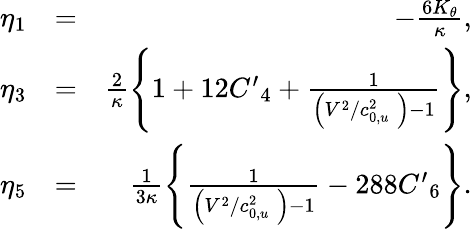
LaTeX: \begin{array}{rlr}{{{\eta}_{1}}}&{=}&{-\frac{6{{K}_{\theta}}}{\kappa},}\\ {{{\eta}_{3}}}&{=}&{\frac{2}{\kappa}\left\{ 1+12{{{{C}^{\prime}}}_{4}}+\frac{1}{\left({{{V}^{2}}}/{c_{0,u}^{2}}\; \right)-1}\right\} ,}\\ {{{\eta}_{5}}}&{=}&{\frac{1}{3\kappa}\left\{ \frac{1}{\left({{{V}^{2}}}/{c_{0,u}^{2}}\; \right)-1}-288{{{{C}^{\prime}}}_{6}}\right\} .}\end{array}